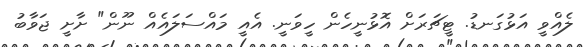
ލެއްވީ އަޅުގަނޑު. ޓީޗަރަށް އޮޅުނީހެން ހީވަނީ. އެއީ މައްސަލައެއް ނޫން" ށާށީ ޖަވާބު